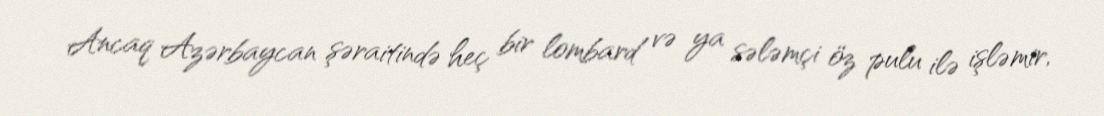
Ancaq Azərbaycan şəraitində heç bir lombard və ya sələmçi öz pulu ilə işləmir,